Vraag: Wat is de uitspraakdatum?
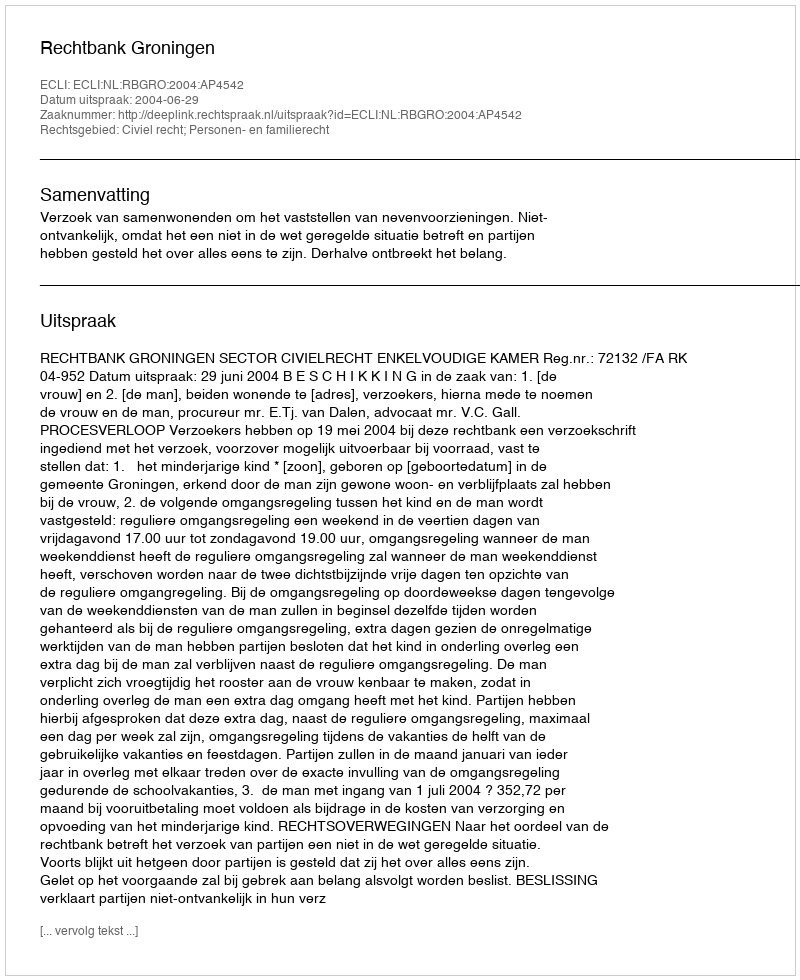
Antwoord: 2004-06-29